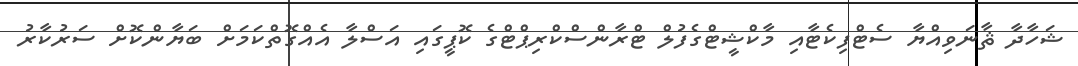
ޝަހާދާ ޘާނަވިއްޔާ ސެޓްފިކެޓާއި މާކްޝީޓްގެފުލް ޓްރާންސްކްރިޕްޓްގެ ކޮޕީގައި އަސްލާ އެއްގޮތްކަމަށް ބަޔާންކޮށް ސަރުކާރު